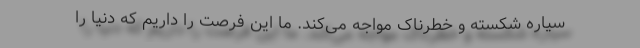
سیاره شکسته و خطرناک مواجه می‌کند. ما این فرصت را داریم که دنیا را